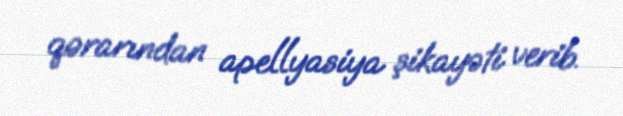
qərarından apellyasiya şikayəti verib.